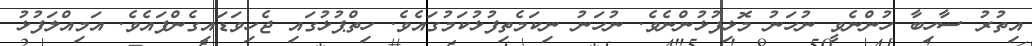
އިތުރު ސާހިބާ ހުންނެވީ ނުހަނު މޮޅިފުޅުންނެވެ. ނުހަނު ނިކަމެތިފުޅުކަމުގައެވެ. ހިތްޕުޅުގައި ޖެހިވަޑައިގެންފައެވެ. އަމިއްލަފުޅު